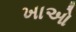
ખાઓ